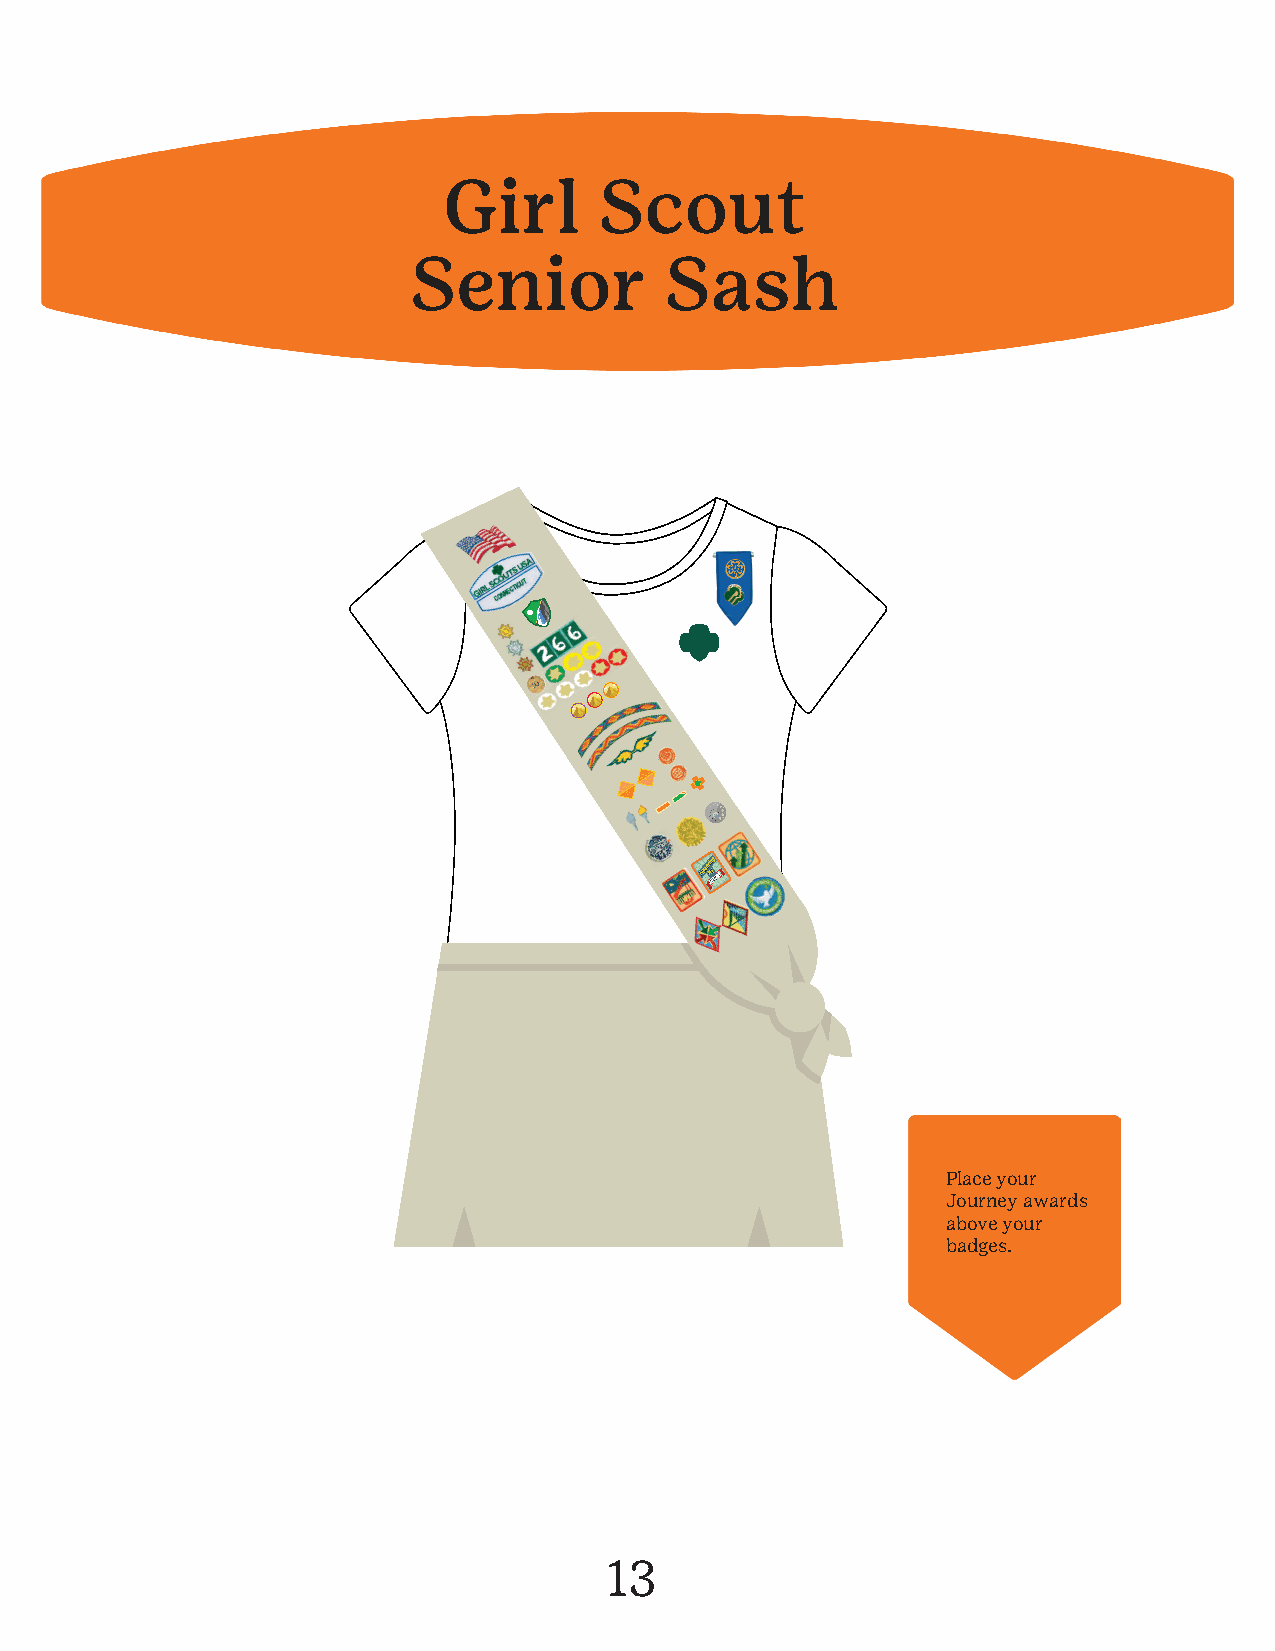
Girl       Scout
 Senior           Sash
 Place your
 Journey awards
 above your
 badges.
 13